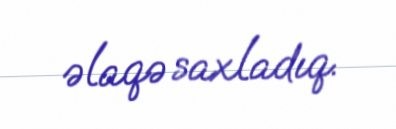
əlaqə saxladıq.